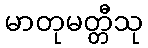
မာတုမတ္တီသု